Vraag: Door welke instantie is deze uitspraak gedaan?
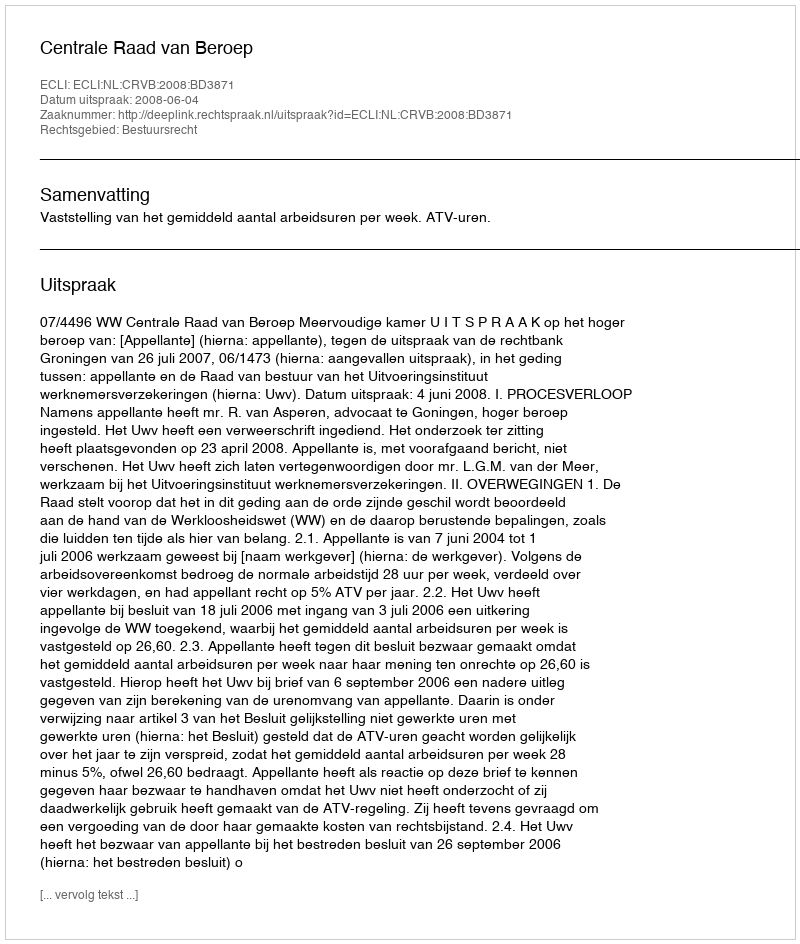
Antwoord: Centrale Raad van Beroep